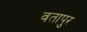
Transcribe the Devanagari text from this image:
वतापुर